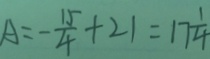
A = - \frac { 1 5 } { 4 } + 2 1 = 1 7 \frac { 1 } { 4 }